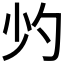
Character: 𱚣